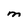
Character: M